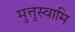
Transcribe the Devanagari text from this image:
मुत्तुस्वामि